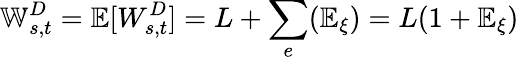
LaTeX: \mathbb{W}_{s,t}^{D}=\mathbb{E}[W_{s,t}^{D}]=L+\sum_{e}(\mathbb{E}_{\xi})=L(1+\mathbb{E}_{\xi})